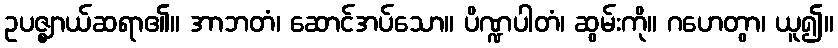
ဥပဇ္ဈာယ်ဆရာ၏။ အာဘတံ၊ ဆောင်အပ်သော။ ပိဏ္ဍပါတံ၊ ဆွမ်းကို။ ဂဟေတွာ၊ ယူ၍။